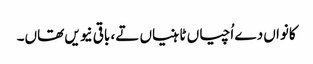
کانواں دے اُچیاں ٹاہنیاں تے، باقی نیویں تھاں۔